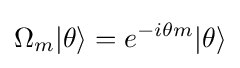
\Omega _{m}|\theta \rangle =e^{-i\theta m}|\theta \rangle